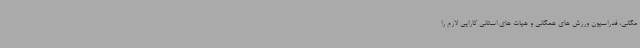
مگانی، فدراسیون ورزش های همگانی و هیات های استانی کارایی لازم را